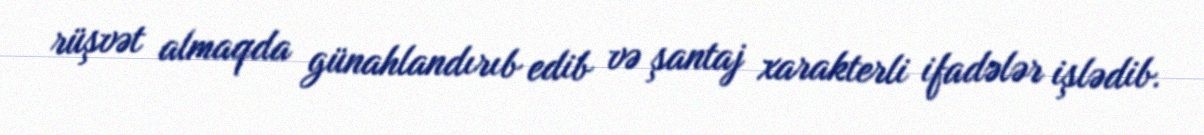
rüşvət almaqda günahlandırıb edib və şantaj xarakterli ifadələr işlədib.